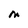
Character: M